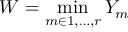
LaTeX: W = \operatorname* { m i n } _ { m \in 1 , \ldots , r } Y _ { m }